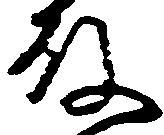
殿